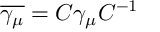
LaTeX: \overline { { { \gamma _ { \mu } } } } = C \gamma _ { \mu } C ^ { - 1 }